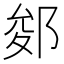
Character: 𨛐